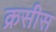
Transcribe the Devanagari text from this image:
क्रसीस